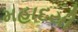
મહાદયી